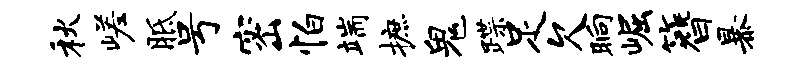
秋嵯胝号密怕端摭鬼蹀足欠晌崛簪暴